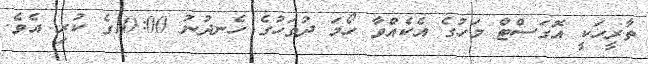
ތާރީހަކީ އޮގަސްޓް މަހުގެ އެކެއްވާ ހޯމަ ދުވަހުގެ ހެނދުނު 10:00ގެ ކުރި އެވެ.